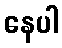
နေပါ